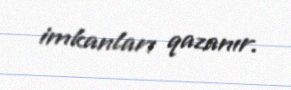
imkanları qazanır.